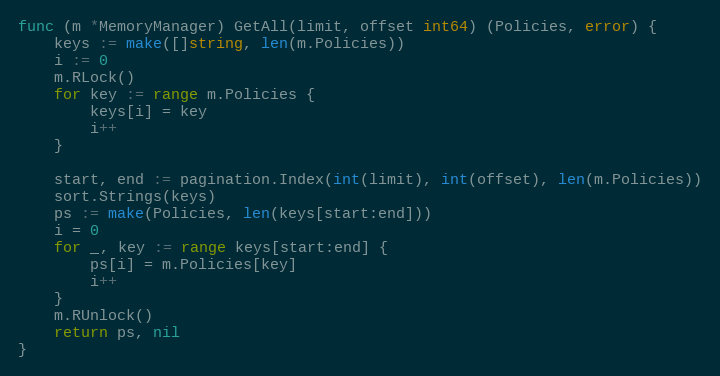
Language: Go
func (m *MemoryManager) GetAll(limit, offset int64) (Policies, error) {
	keys := make([]string, len(m.Policies))
	i := 0
	m.RLock()
	for key := range m.Policies {
		keys[i] = key
		i++
	}

	start, end := pagination.Index(int(limit), int(offset), len(m.Policies))
	sort.Strings(keys)
	ps := make(Policies, len(keys[start:end]))
	i = 0
	for _, key := range keys[start:end] {
		ps[i] = m.Policies[key]
		i++
	}
	m.RUnlock()
	return ps, nil
}